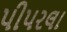
પીપરલા